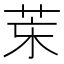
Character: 𦮞